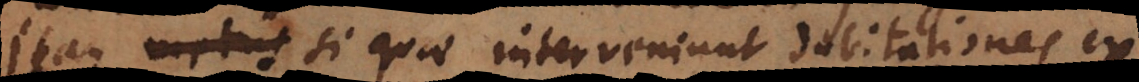
Itaque si quae interveniunt dubitationes ex